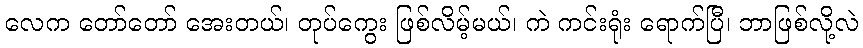
လေက တော်တော် အေးတယ်၊ တုပ်ကွေး ဖြစ်လိမ့်မယ်၊ ကဲ ကင်းရုံး ရောက်ပြီ၊ ဘာဖြစ်လို့လဲ